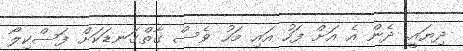
ދިޔައީ. ދެން އެ އަށް ފަހު އައި މަހު ވެސް ގާތްގަނޑަކަށް ފަސްކިލޯ